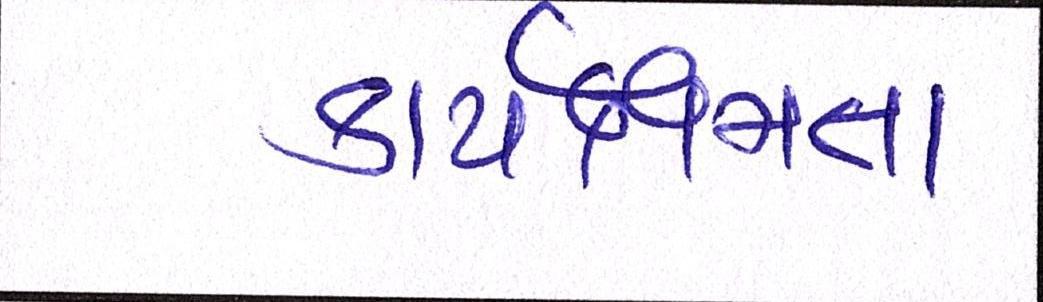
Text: કાર્યક્ષમતા